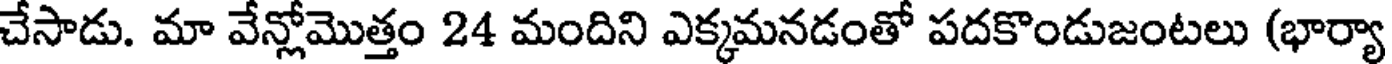
చేసాడు. మా వేన్లోమొత్తం 24 మందిని ఎక్కమనడంతో పదకొండుజంటలు (భార్యా